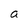
Character: a